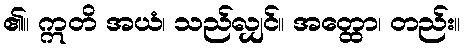
၏။ ဣတိ အယံ၊ သည်လျှင်။ အတ္ထော၊ တည်း။